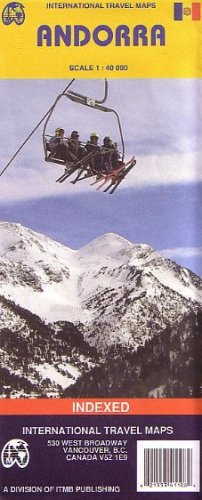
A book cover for Andorra 1:40,000 Travel Map (International Travel Maps); ITM Canada; Travel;